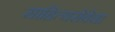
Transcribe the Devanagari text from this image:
साहित्यसेवेचा